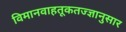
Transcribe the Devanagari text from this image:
विमानवाहतूकतज्ज्ञानुसार